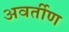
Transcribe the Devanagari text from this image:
अवर्तीण